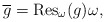
\begin{gather*}\overline{g} = \operatorname{Res}_{\omega}(g) \omega,\end{gather*}